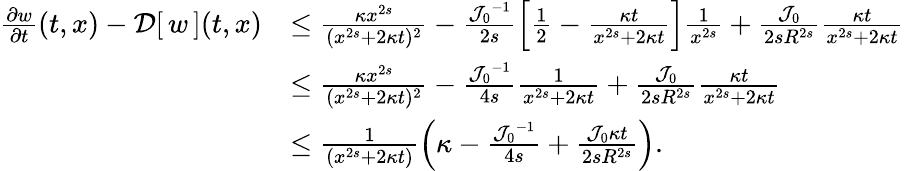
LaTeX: \begin{array}{rl}{\frac{\partial w}{\partial t}(t,x)-{\mathcal{D}}[\, {w}\, ](t,x)}&{\le\frac{\kappa x^{2s}}{(x^{2s}+2\kappa t)^{2}}-\frac{{{\mathcal{J}}_{0}}^{-1}}{2s}\left[\frac{1}{2}-\frac{\kappa t}{x^{2s}+2\kappa t}\right]\frac{1}{x^{2s}}+\frac{{\mathcal{J}}_{0}}{2sR^{2s}}\frac{\kappa t}{x^{2s}+2\kappa t}}\\ &{\le\frac{\kappa x^{2s}}{(x^{2s}+2\kappa t)^{2}}-\frac{{{\mathcal{J}}_{0}}^{-1}}{4s}\frac{1}{x^{2s}+2\kappa t}+\frac{{\mathcal{J}}_{0}}{2sR^{2s}}\frac{\kappa t}{x^{2s}+2\kappa t}}\\ &{\le\frac{1}{(x^{2s}+2\kappa t)}\left(\kappa-\frac{{{\mathcal{J}}_{0}}^{-1}}{4s}+\frac{{\mathcal{J}}_{0}\kappa t}{2sR^{2s}}\right).}\end{array}